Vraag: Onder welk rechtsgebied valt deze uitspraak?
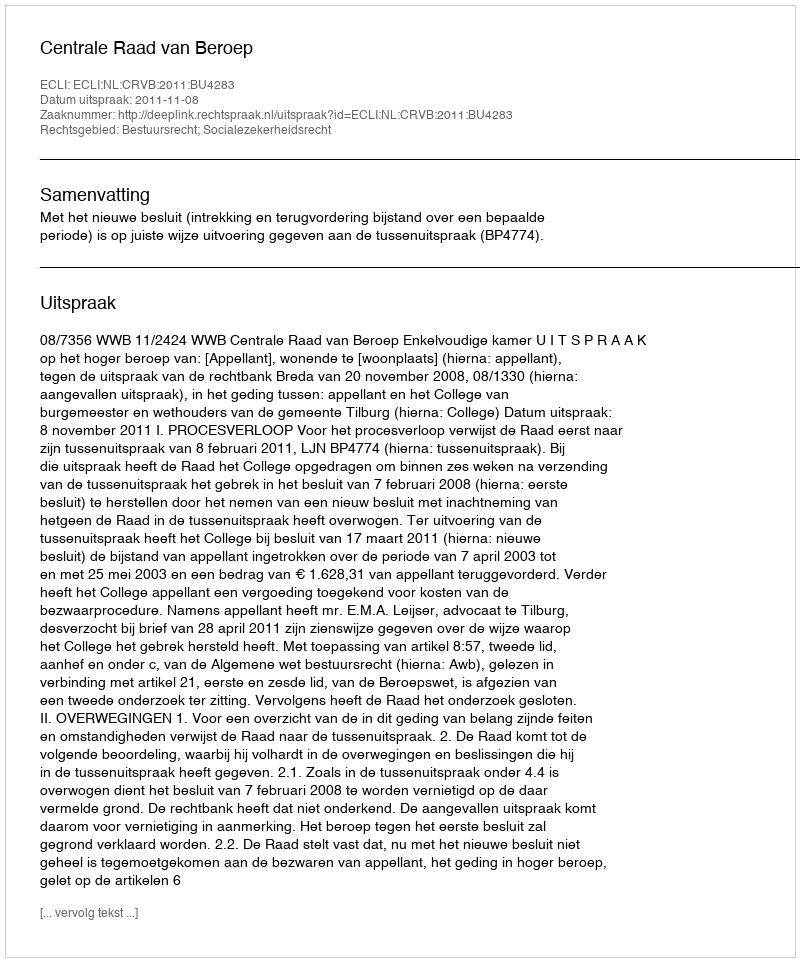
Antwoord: Bestuursrecht; Socialezekerheidsrecht